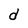
Character: d